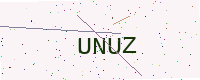
Text: UNUZ